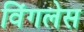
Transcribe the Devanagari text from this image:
विंगलेस